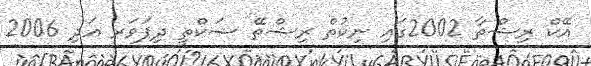
އޭކް ރިޝްތާ 2002ގައި ނިކުތް ރިޝްތޭ ޝަކްތީ ދިޕަވަރ އަދި 2006